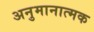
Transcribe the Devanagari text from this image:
अनुमानात्मक